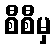
စီစီမှ